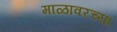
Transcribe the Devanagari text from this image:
माळावरच्या